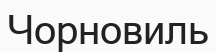
Чорновиль